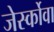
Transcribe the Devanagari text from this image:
जेर्स्कोवा